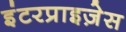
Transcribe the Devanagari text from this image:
इंटरप्राइज़ेस